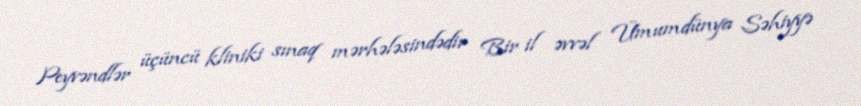
Peyvəndlər üçüncü kliniki sınaq mərhələsindədir Bir il əvvəl Ümumdünya Səhiyyə